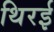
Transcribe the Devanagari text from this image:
थिरई